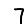
Digit: 7